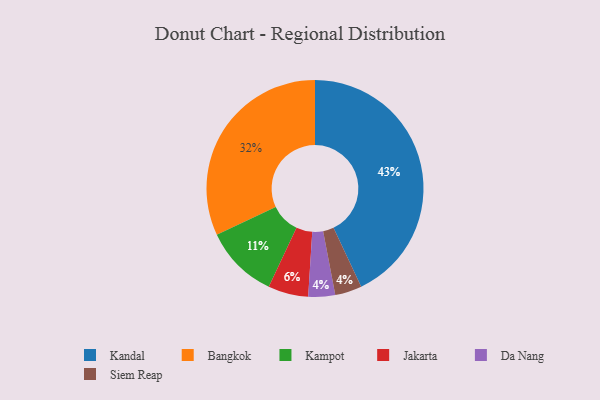
{"axis": {"x": "Category", "y": "Percentage"}, "legend": ["Bangkok", "Da Nang", "Jakarta", "Kampot", "Kandal", "Siem Reap"], "data": [{"x": "Bangkok", "y": 32, "type": "Bangkok"}, {"x": "Kandal", "y": 43, "type": "Kandal"}, {"x": "Da Nang", "y": 4, "type": "Da Nang"}, {"x": "Jakarta", "y": 6, "type": "Jakarta"}, {"x": "Kampot", "y": 11, "type": "Kampot"}, {"x": "Siem Reap", "y": 4, "type": "Siem Reap"}]}